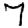
Digit: 7